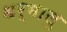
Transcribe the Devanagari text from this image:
धर्मालु